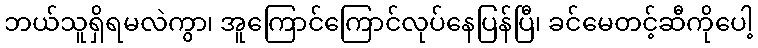
ဘယ်သူရှိရမလဲကွာ၊ အူကြောင်ကြောင်လုပ်နေပြန်ပြီ၊ ခင်မေတင့်ဆီကိုပေါ့